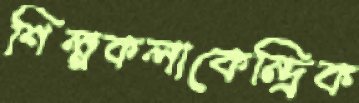
শিল্পকলাকেন্দ্রিক